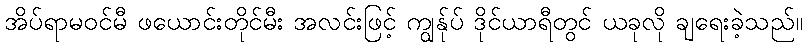
အိပ်ရာမဝင်မီ ဖယောင်းတိုင်မီး အလင်းဖြင့် ကျွန်ုပ် ဒိုင်ယာရီတွင် ယခုလို ချရေးခဲ့သည်။